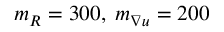
m _ { R } = 3 0 0 , \; m _ { \nabla u } = 2 0 0